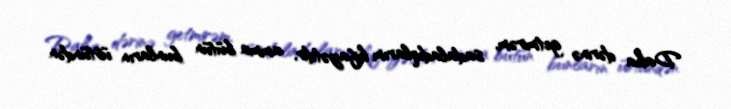
Daha dərinə getmirəm, sadaladıqlarım kifayətdir, amma bütün bunların üstündən